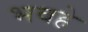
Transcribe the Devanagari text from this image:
भवहे